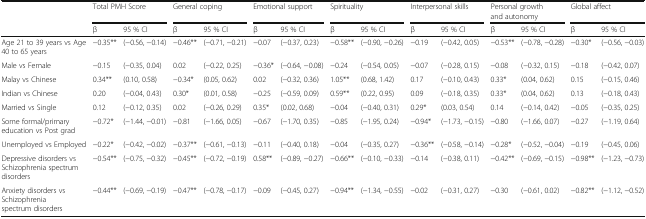
<table><thead><tr><td rowspan="2"></td><td colspan="2"><b>Total PMH Score</b></td><td colspan="2"><b>General coping</b></td><td colspan="2"><b>Emotional support</b></td><td colspan="2"><b>Spirituality</b></td><td colspan="2"><b>Interpersonal skills</b></td><td colspan="2"><b>Personal growth and autonomy</b></td><td colspan="2"><b>Global affect</b></td></tr><tr><td><b>β</b></td><td><b>95 % CI</b></td><td><b>β</b></td><td><b>95 % CI</b></td><td><b>β</b></td><td><b>95 % CI</b></td><td><b>β</b></td><td><b>95 % CI</b></td><td><b>β</b></td><td><b>95 % CI</b></td><td><b>β</b></td><td><b>95 % CI</b></td><td><b>β</b></td><td><b>95 % CI</b></td></tr></thead><tbody><tr><td>Age 21 to 39 years vs Age 40 to 65 years</td><td>−0.35**</td><td>(−0.56, −0.14)</td><td>−0.46**</td><td>(−0.71, −0.21)</td><td>−0.07</td><td>(−0.37, 0.23)</td><td>−0.58**</td><td>(−0.90, −0.26)</td><td>−0.19</td><td>(−0.42, 0.05)</td><td>−0.53**</td><td>(−0.78, −0.28)</td><td>−0.30*</td><td>(−0.56, −0.03)</td></tr><tr><td>Male vs Female</td><td>−0.15</td><td>(−0.35, 0.04)</td><td>0.02</td><td>(−0.22, 0.25)</td><td>−0.36*</td><td>(−0.64, −0.08)</td><td>−0.24</td><td>(−0.54, 0.05)</td><td>−0.07</td><td>(−0.28, 0.15)</td><td>−0.08</td><td>(−0.32, 0.15)</td><td>−0.18</td><td>(−0.42, 0.07)</td></tr><tr><td>Malay vs Chinese</td><td>0.34**</td><td>(0.10, 0.58)</td><td>−0.34*</td><td>(0.05, 0.62)</td><td>0.02</td><td>(−0.32, 0.36)</td><td>1.05**</td><td>(0.68, 1.42)</td><td>0.17</td><td>(−0.10, 0.43)</td><td>0.33*</td><td>(0.04, 0.62)</td><td>0.15</td><td>(−0.15, 0.46)</td></tr><tr><td>Indian vs Chinese</td><td>0.20</td><td>(−0.04, 0.43)</td><td>0.30*</td><td>(0.01, 0.58)</td><td>−0.25</td><td>(−0.59, 0.09)</td><td>0.59**</td><td>(0.22, 0.95)</td><td>0.09</td><td>(−0.18, 0.35)</td><td>0.33*</td><td>(0.04, 0.62)</td><td>0.13</td><td>(−0.18, 0.43)</td></tr><tr><td>Married vs Single</td><td>0.12</td><td>(−0.12, 0.35)</td><td>0.02</td><td>(−0.26, 0.29)</td><td>0.35*</td><td>(0.02, 0.68)</td><td>−0.04</td><td>(−0.40, 0.31)</td><td>0.29*</td><td>(0.03, 0.54)</td><td>0.14</td><td>(−0.14, 0.42)</td><td>−0.05</td><td>(−0.35, 0.25)</td></tr><tr><td>Some formal/primary education vs Post grad</td><td>−0.72*</td><td>(−1.44, −0.01)</td><td>−0.81</td><td>(−1.66, 0.05)</td><td>−0.67</td><td>(−1.70, 0.35)</td><td>−0.85</td><td>(−1.95, 0.24)</td><td>−0.94*</td><td>(−1.73, −0.15)</td><td>−0.80</td><td>(−1.66, 0.07)</td><td>−0.27</td><td>(−1.19, 0.64)</td></tr><tr><td>Unemployed vs Employed</td><td>−0.22*</td><td>(−0.42, −0.02)</td><td>−0.37**</td><td>(−0.61, −0.13)</td><td>−0.11</td><td>(−0.40, 0.18)</td><td>−0.04</td><td>(−0.35, 0.27)</td><td>−0.36**</td><td>(−0.58, −0.14)</td><td>−0.28*</td><td>(−0.52, −0.04)</td><td>−0.19</td><td>(−0.45, 0.06)</td></tr><tr><td>Depressive disorders vs Schizophrenia spectrum disorders</td><td>−0.54**</td><td>(−0.75, −0.32)</td><td>−0.45**</td><td>(−0.72, −0.19)</td><td>0.58**</td><td>(−0.89, −0.27)</td><td>−0.66**</td><td>(−0.10, −0.33)</td><td>−0.14</td><td>(−0.38, 0.11)</td><td>−0.42**</td><td>(−0.69, −0.15)</td><td>−0.98**</td><td>(−1.23, −0.73)</td></tr><tr><td>Anxiety disorders vs Schizophrenia spectrum disorders</td><td>−0.44**</td><td>(−0.69, −0.19)</td><td>−0.47**</td><td>(−0.78, −0.17)</td><td>−0.09</td><td>(−0.45, 0.27)</td><td>−0.94**</td><td>(−1.34, −0.55)</td><td>−0.02</td><td>(−0.31, 0.27)</td><td>−0.30</td><td>(−0.61, 0.02)</td><td>−0.82**</td><td>(−1.12, −0.52)</td></tr></tbody></table>